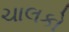
ચાલકો